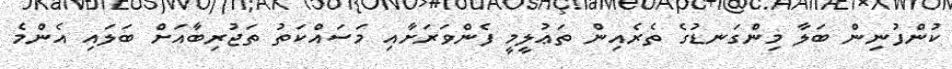
ކުންފުނިން ބަލާ މިންގަނޑުގެ ތެރެއިން ތަޢުލީމީ ފެންވަރަށާއި މަސައްކަތު ތަޖުރިބާއަށް ބަލައި އެންމެ